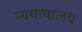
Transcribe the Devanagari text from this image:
न्ययायालय